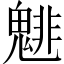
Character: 𲌬